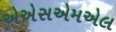
એએસએમએલ